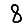
Digit: 8